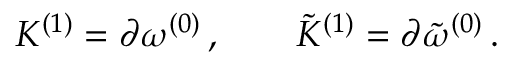
{ \cal K } ^ { ( 1 ) } = \partial \omega ^ { ( 0 ) } \, , \qquad { \tilde { \cal K } } ^ { ( 1 ) } = \partial { \tilde { \omega } } ^ { ( 0 ) } \, .